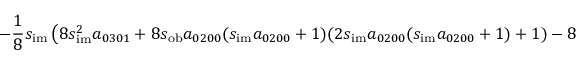
- \frac { 1 } { 8 } s _ { \mathrm { i m } } \left( 8 s _ { \mathrm { i m } } ^ { 2 } a _ { 0 3 0 1 } + 8 s _ { \mathrm { o b } } a _ { 0 2 0 0 } ( s _ { \mathrm { i m } } a _ { 0 2 0 0 } + 1 ) ( 2 s _ { \mathrm { i m } } a _ { 0 2 0 0 } ( s _ { \mathrm { i m } } a _ { 0 2 0 0 } + 1 ) + 1 ) - 8 s _ { \mathrm { i m } } a _ { 0 2 0 2 } + 1 \right) + s _ { \mathrm { i m } } ^ { 4 } a _ { 0 4 0 0 } - \frac { s _ { \mathrm { o b } } } { 8 }